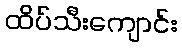
ထိပ်သီးကျောင်း